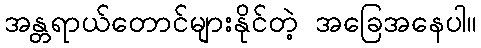
အန္တရာယ်တောင်များနိုင်တဲ့ အခြေအနေပါ။